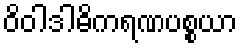
ဝိဝါဒါဓိကရဏပစ္စယာ